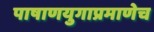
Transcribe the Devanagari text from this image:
पाषाणयुगाप्रमाणेच